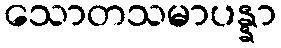
သောတသမာပန္နာ